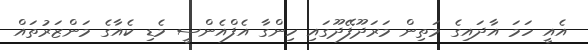
އެއީ ހަމަ އާދައިގެ މަތިން މަރަދޫފޭދޫގައި ހިންގާ އެފްއެންސީ މެޑި ކެއާގެ މަންޒަރުތައް